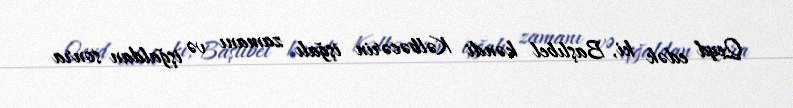
Qeyd edək ki, Başlıbel kəndi Kəlbəcərin işğalı zamanı və işğaldan sonra